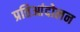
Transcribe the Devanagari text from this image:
प्रतिआंदोलन